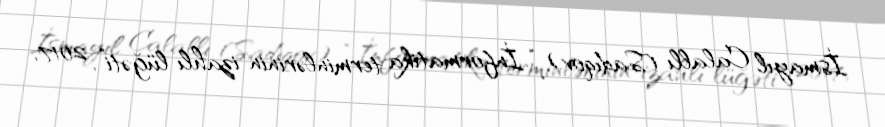
İsmayıl Calallı (Sadıqov), “İnformatika terminlərinin izahlı lüğəti”, 2017,